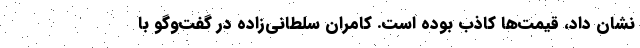
نشان داد، قیمت‌ها کاذب بوده است. کامران سلطانی‌زاده در گفت‌وگو با